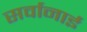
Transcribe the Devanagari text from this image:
सर्वानाई